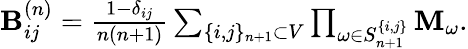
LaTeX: \begin{array}{r}{\mathbf{B}_{ij}^{\left(n\right)}=\frac{1-\delta_{ij}}{n\left(n+1\right)}\sum_{\{ i,j\} _{n+1}\subset V}\prod_{\omega\in S_{n+1}^{\{ i,j\} }}\mathbf{M}_{\omega}.}\end{array}